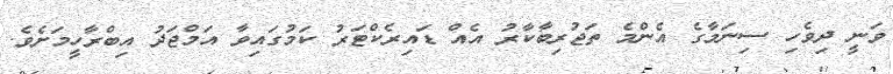
ވަނީ ދިވެހި ސިނަމާގެ އެންމެ ތަޖުރިބާކާރު އެއް ޑައިރެކްޓަރު ކަމުގައިވާ އަމްޖަދު އިބްރާހީމަށެވެ.